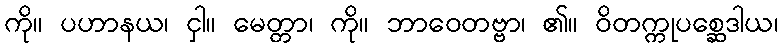
ကို။ ပဟာနယ၊ ငှါ။ မေတ္တာ၊ ကို။ ဘာဝေတဗ္ဗာ၊ ၏။ ဝိတက္ကုပစ္ဆေဒါယ၊